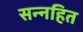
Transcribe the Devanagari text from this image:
सन्नहित